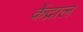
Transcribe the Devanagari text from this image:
केंद्राल